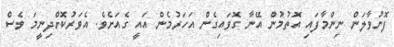
ފޮނުވާލަން ނިންމާފައި އޮތުމުން އޭނާ ގޮވައިގެން އަހަރުމެން އައީ ގެއަށެވެ. އެވަރުކޮށްދިނީމަ ވެސް